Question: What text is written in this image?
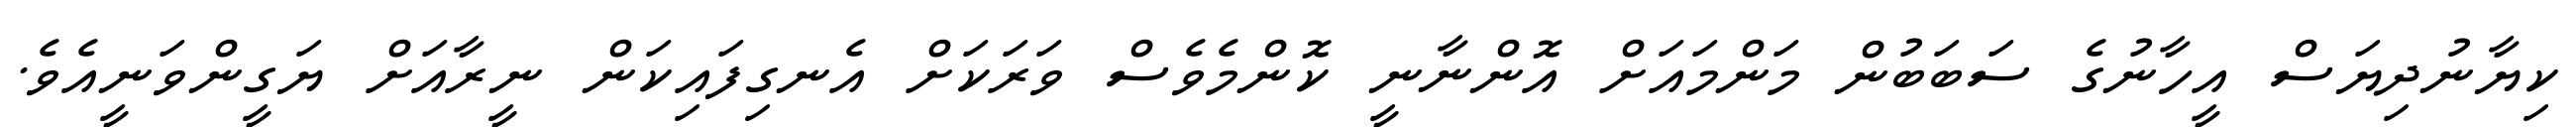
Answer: ކިޔާނުދިޔަސް އީހާނުގެ ސަބަބުން މަންމައަށް އޮންނާނީ ކޮންމެވެސް ވަރަކަށް އެނގިފައިކަން ނީރާއަށް ޔަގީންވަނީއެވެ.